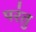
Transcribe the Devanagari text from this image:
पर॑तु